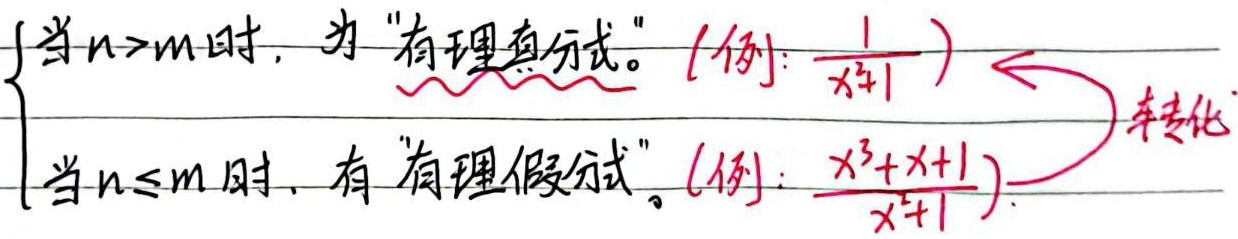
当 \(n > m\) 时，为“有理真分式”。(例：\(\frac{1}{x^2 + 1}\))
当 \(n\leq m\) 时，有“有理假分式”。(例：\(\frac{x^3 + x + 1}{x^2+1}\))
\(\overset{\text{转化}}{\longleftrightarrow}\)